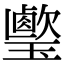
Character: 𤪎